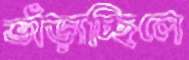
ভাঁড়াচ্ছিলে